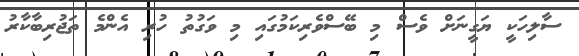
ސާލިހަކީ ޔަގީނަށް ވެސް މި ބޭސްވެރިކަމުގައި މި ވަގުތު ހުރި އެންމެ ތަޖުރިބާކާރު